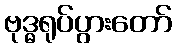
ဗုဒ္ဓရုပ်ပွားတော်